Statistics compiled by the Government of India from the reports of provincial Civil Veterinary Departments
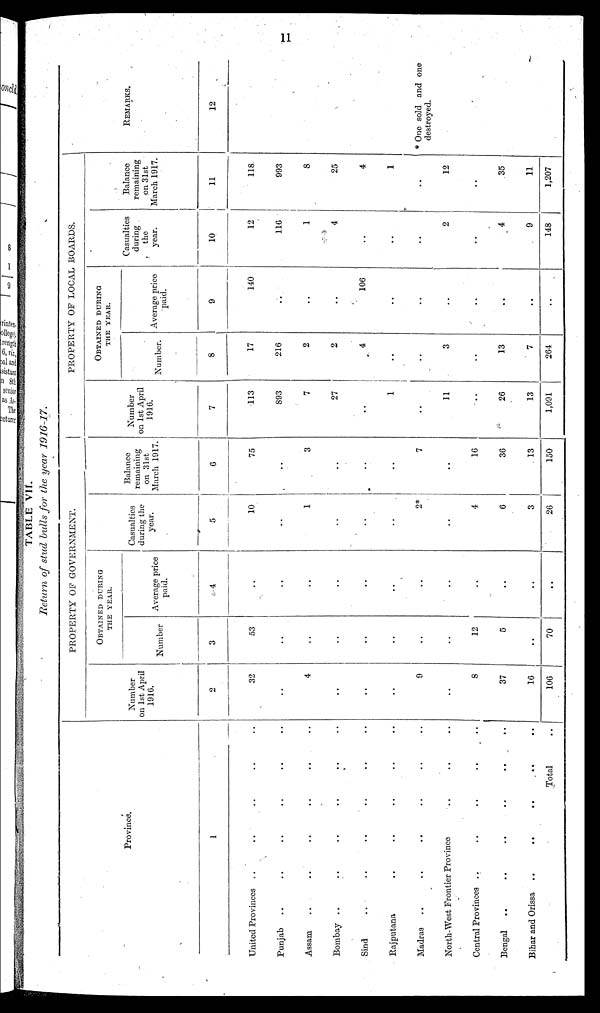
11
TABLE VII.
Return of stud bulls for the year 1916-17.
Province.
1
United Provinces
.... .. .. ..
Punjab
..
..
.. .. .. ..
Assam
..
..
.. .. .. ..
Bombay
..
..
.. .. .. ..
Sind
..
..
.. .. .. ..
Rajputana
..
.. .. .. ..
Madras .. .. .. .. .. ..
North-West Frontier Province.. .. ..
Central Provinces .... .. .. ..
Bengal
..
..
.. .. .. ..
Bihar and Orissa
..
.. .. .. ..
Total ..
PROPERTY OF GOVERNMENT.
Number
On 1st April
1916.
2
32
..
4
..
..
..
9
..
8
37
16
106
OBTAINED DURING
THE YEAR.
Number
3
53
..
..
..
..
..
..
..
12
5
..
70
Average price
paid.
4
..
..
..
..
..
..
..
..
..
..
..
..
Casualties
during the
year.
5
10
..
1
..
..
..
2*
..
4
6
3
26
Balance
remaining
on 31st
March 1917.
6
75
..
3
..
..
..
7
..
16
36
13
150
PROPERTY OF LOCAL BOARDS.
Number
on 1st April
1916.
7
113
893
7
27
..
1
..
11
..
26
13
1,091
OBTAINED DURING
THE YEAR.
Number.
8
17
216
2
2
4
..
..
3
..
13
7
264
Average price
paid.
9
140
..
..
..
106
..
..
..
..
..
..
..
Casualties
during
the
year.
10
12
116
1
4
..
..
..
2
..
4
9
148
Balance
remaining
on 31st
March 1917.
11
118.
993
8
25
4
1
..
12
..
35
11
1,207
REMARKS.
12
* One sold and one
destroyed.